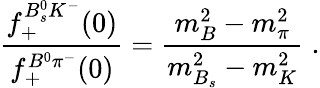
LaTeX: \frac{f_{+}^{B_{s}^{0}K^{-}}(0)}{f_{+}^{B^{0}\pi^{-}}(0)}=\frac{m_{B}^{2}-m_{\pi}^{2}}{m_{B_{s}}^{2}-m_{K}^{2}}\; .